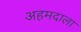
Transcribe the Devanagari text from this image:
अहमदाला